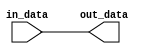
module IO_Buff_NonInv (
  input wire in_data,
  output reg out_data
);

always @ (in_data) begin
  out_data <= in_data;
end

endmodule